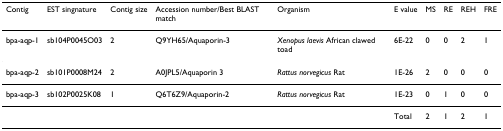
<table><thead><tr><td><b>Contig</b></td><td><b>EST singnature</b></td><td><b>Contig size</b></td><td><b>Accession number/Best BLAST match</b></td><td><b>Organism</b></td><td><b>E value</b></td><td><b>MS</b></td><td><b>RE</b></td><td><b>REH</b></td><td><b>FRE</b></td></tr></thead><tbody><tr><td>bpa-aqp-1</td><td>sb104P0045O03</td><td>2</td><td>Q9YH65/Aquaporin-3</td><td><i>Xenopus laevis </i>African clawed toad</td><td>6E-22</td><td>0</td><td>0</td><td>2</td><td>1</td></tr><tr><td>bpa-aqp-2</td><td>sb101P0008M24</td><td>2</td><td>A0JPL5/Aquaporin 3</td><td><i>Rattus norvegicus </i>Rat</td><td>1E-26</td><td>2</td><td>0</td><td>0</td><td>0</td></tr><tr><td>bpa-aqp-3</td><td>sb102P0025K08</td><td>1</td><td>Q6T6Z9/Aquaporin-2</td><td><i>Rattus norvegicus </i>Rat</td><td>1E-23</td><td>0</td><td>1</td><td>0</td><td>0</td></tr><tr><td></td><td></td><td></td><td></td><td></td><td>Total</td><td>2</td><td>1</td><td>2</td><td>1</td></tr></tbody></table>